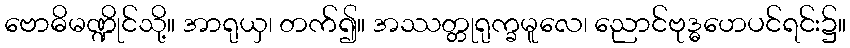
ဗောဓိမဏ္ဍိုင်သို့။ အာရုယှ၊ တက်၍။ အဿတ္တုရုက္ခမူလေ၊ ညောင်ဗုဒ္ဓဟေပင်ရင်း၌။